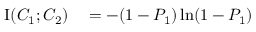
\begin{array} { r l } { \operatorname { I } ( C _ { 1 } ; C _ { 2 } ) } & { { } = - ( 1 - P _ { 1 } ) \ln ( 1 - P _ { 1 } ) } \end{array}